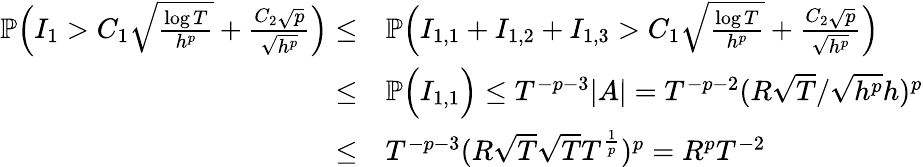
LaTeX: \begin{array}{rl}{\mathbb{P}\Big(I_{1}>C_{1}\sqrt{\frac{\log T}{h^{p}}}+\frac{C_{2}\sqrt{p}}{\sqrt{h^{p}}}\Big)\le}&{\mathbb{P}\Big(I_{1,1}+I_{1,2}+I_{1,3}>C_{1}\sqrt{\frac{\log T}{h^{p}}}+\frac{C_{2}\sqrt{p}}{\sqrt{h^{p}}}\Big)}\\ {\le}&{\mathbb{P}\Big(I_{1,1}\Big)\le T^{-p-3}|A|=T^{-p-2}(R\sqrt{T}/\sqrt{h^{p}}h)^{p}}\\ {\le}&{T^{-p-3}(R\sqrt{T}\sqrt{T}T^{\frac{1}{p}})^{p}=R^{p}T^{-2}}\end{array}